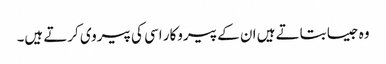
وہ جیسا بتاتے ہیں ان کے پیروکار اسی کی پیروی کرتے ہیں۔